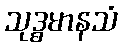
သုဒ္ဓမာနသံ